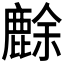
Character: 𪊸